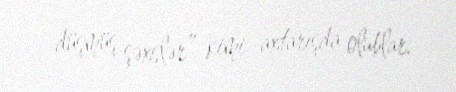
düşmüş şəxslər” kimi axtarışda olublar.